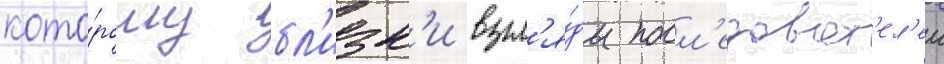
кото́рому бл'изк'и взгл'я́ды посл'едоват'ел'еи